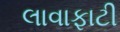
લાવાફાટી